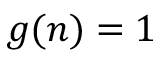
g ( n ) = 1